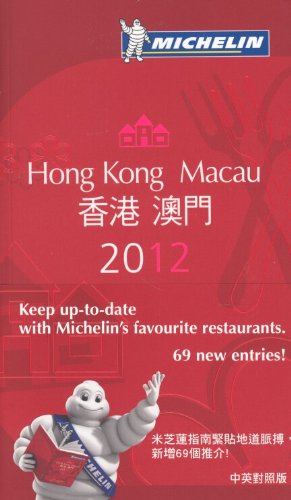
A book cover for MICHELIN Guide  Hong Kong & Macau 2012: Restaurants & Hotels (Michelin Red Guide Hong Kong & Macau: Restaurants & Hotels); Michelin Travel & Lifestyle; Travel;